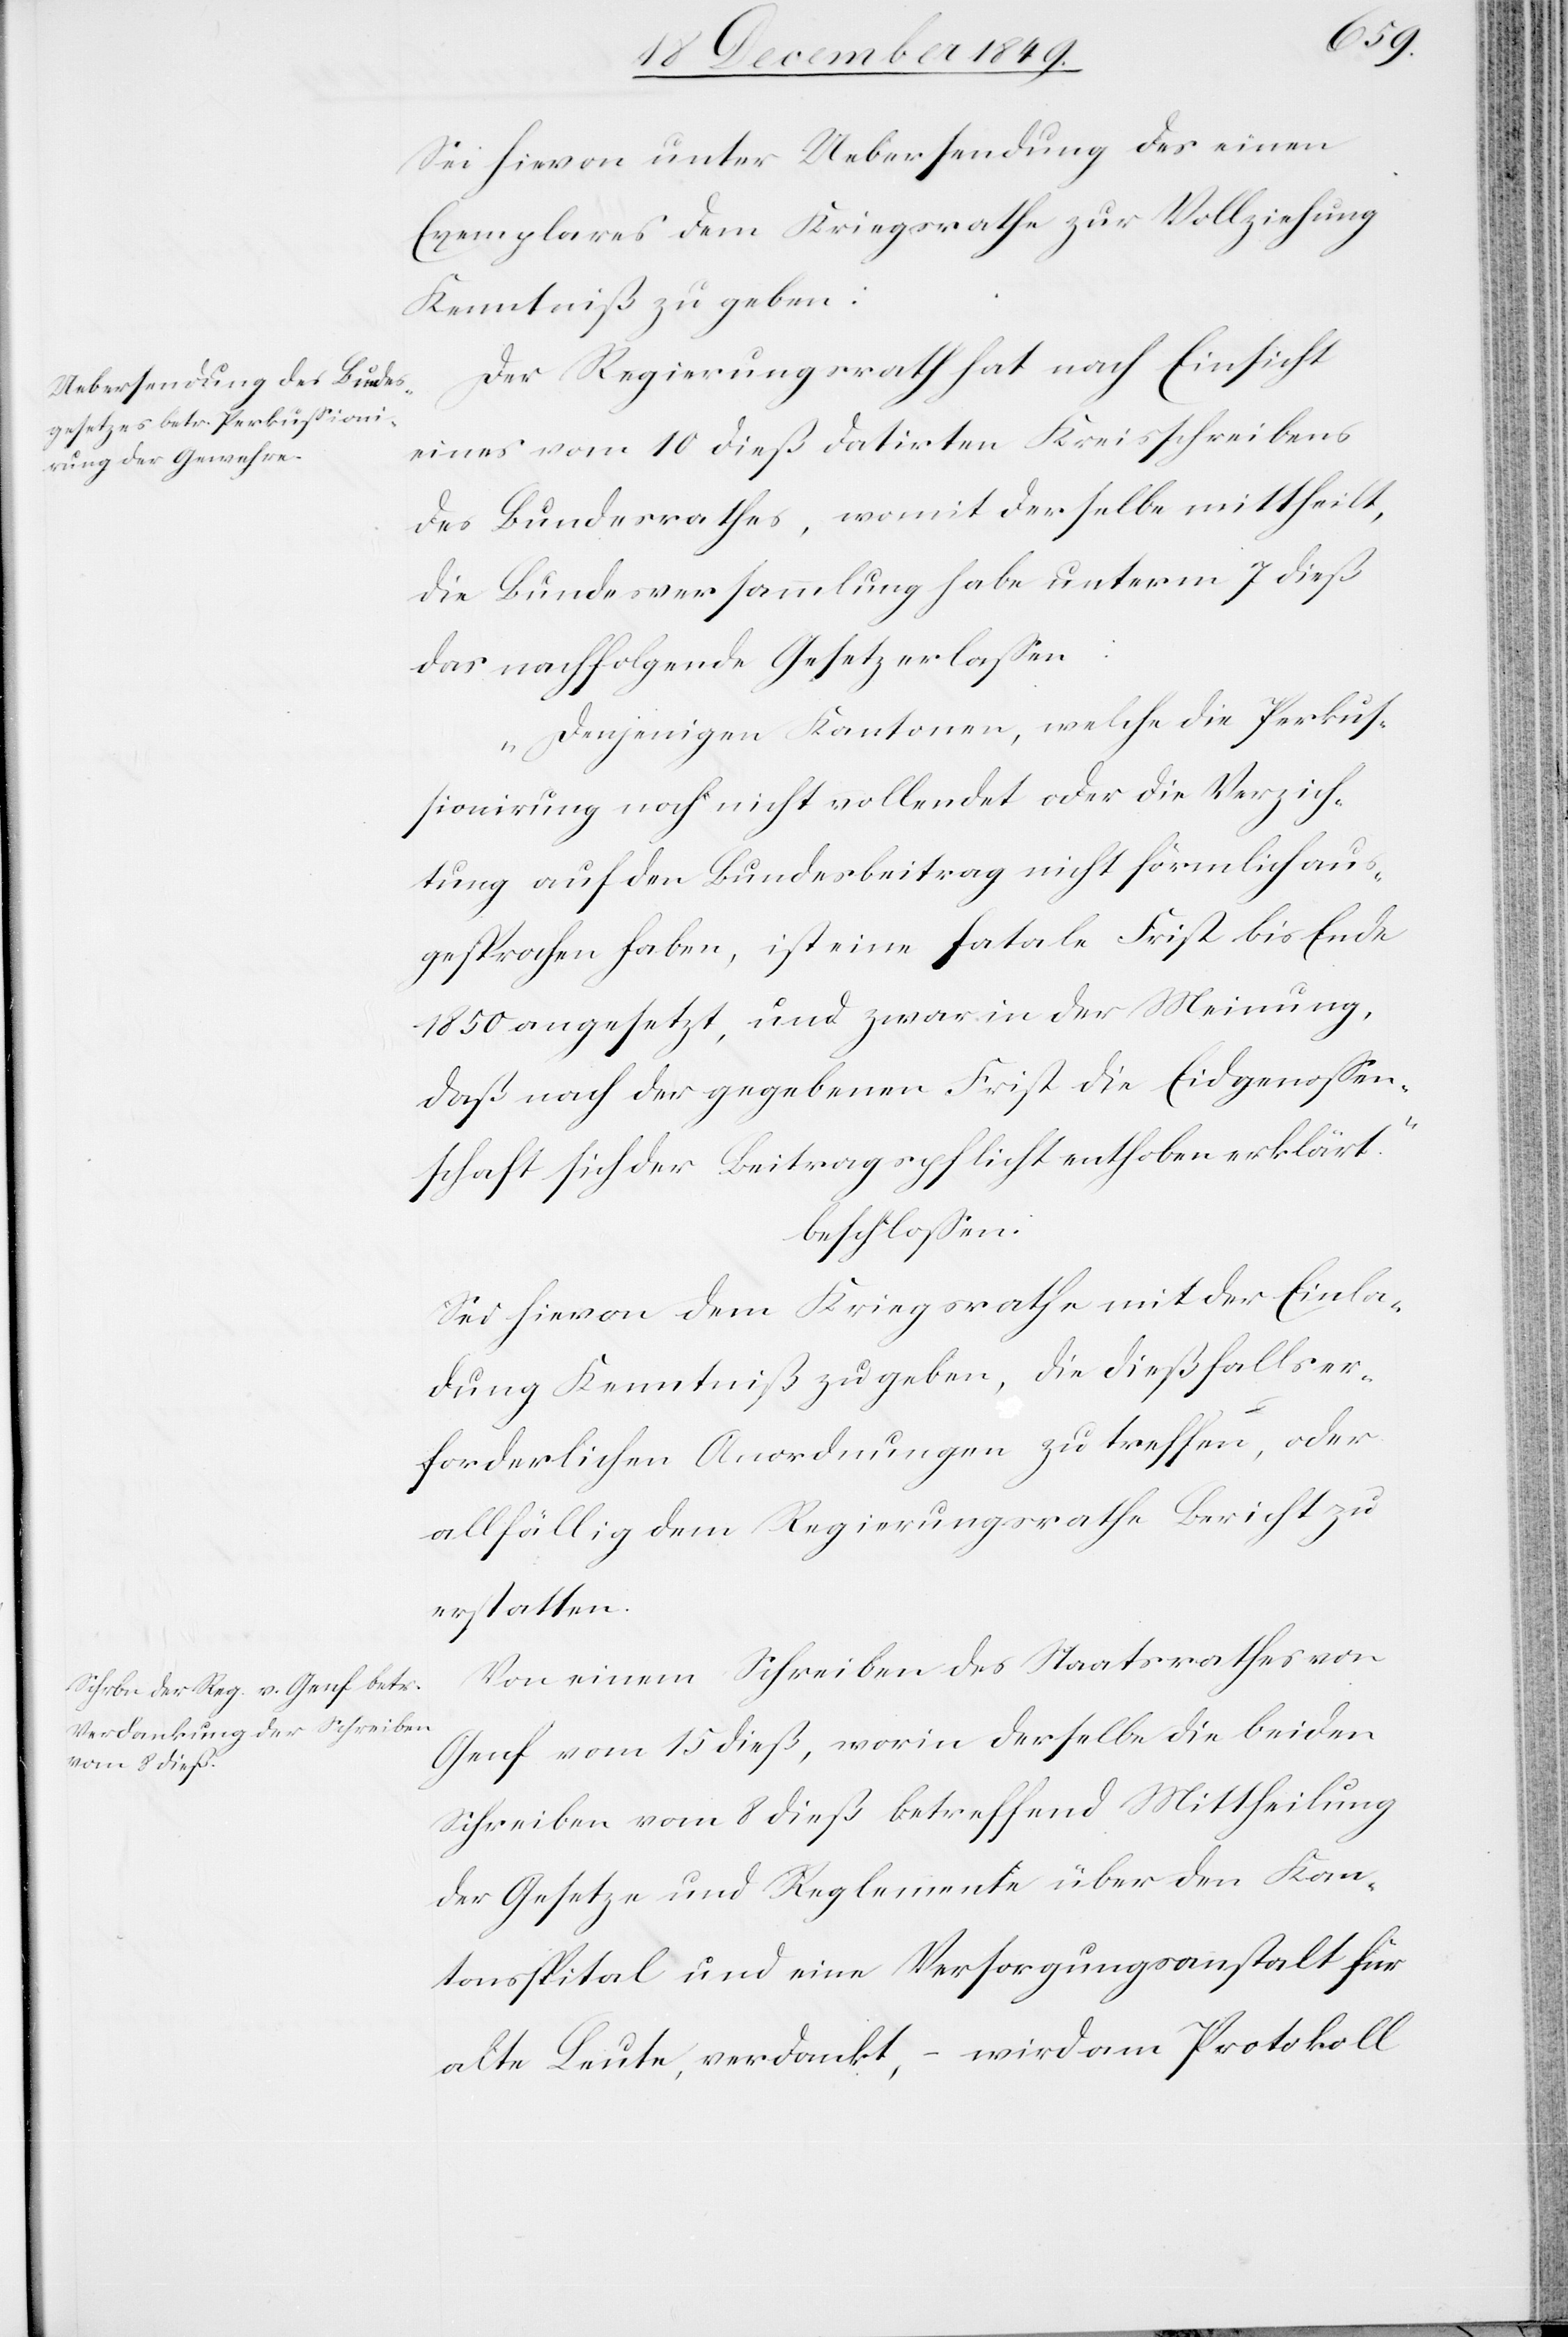
Sei hievon unter Uebersendung des seinen
Exemplares dem Kriegsrathe zur Vollziehung
Kenntniß zu geben:
Der Regierungsrath hat nach Einsicht
eines vom 10 dieß datirten Kreisschreibens
des Bundesrathes, womit derselbe mittheilt,
die Bundesversammlung habe unterm 7 dieß
das nachfolgende Gesetz erlaßen:
„Denjenigen Kantonen, welche die Perkus¬
sionirung noch nicht vollendet oder die Verzich¬
tung auf den Bundesbeitrag nicht förmlich aus¬
gesprochen haben, ist eine fatale Frist bis Ende
1850 angesetzt, und zwar in der Meinung,
daß nach der gegebenen Frist die Eidgenossen¬
schaft sich der Beitragspflicht enthoben erklärt.
beschloßen:
Sei hievon dem Kriegsrathe mit der Einla¬
dung Kenntniß zu geben, die dießfalls er¬
forderlichen Anordnungen zu treffen, oder
allfällig dem Regierungsrathe Bericht zu
erstatten.
Von einem Schreiben des Staatsrathes von
Genf vom 15 dieß, worin derselbe die beiden
Schreiben vom 8 dieß betreffend Mittheilung
der Gesetze und Reglemente über den Kan¬
tonsspital und eine Versorgungsanstalt für
alte Leute, verdankt, – wird am Protokoll